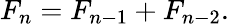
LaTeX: F_{n}=F_{n-1}+F_{n-2}.